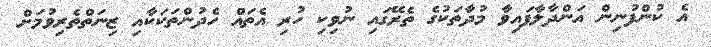
އެ ކުންފުނިން އަންދާލާފައިވާ މުދާތަކުގެ ތެރޭގައި ނުވިކި ހުރި އެތައް ހެދުންތަކަކާއި ޒިނަތްތެރިވުމަށް